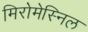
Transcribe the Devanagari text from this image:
मिरोमेस्निल